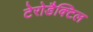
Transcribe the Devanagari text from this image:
टेरोडैक्टिल